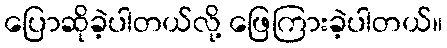
ပြောဆိုခဲ့ပါတယ်လို့ ဖြေကြားခဲ့ပါတယ်။